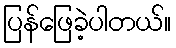
ပြန်ဖြေခဲ့ပါတယ်။